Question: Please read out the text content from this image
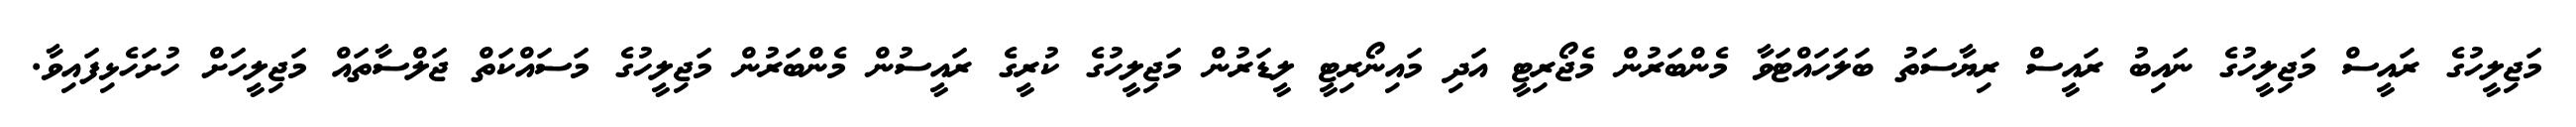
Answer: މަޖިލީހުގެ ރައީސް މަޖިލީހުގެ ނައިބު ރައީސް ރިޔާސަތު ބަލަހައްޓަވާ މެންބަރުން މެޖޯރިޓީ އަދި މައިނޯރިޓީ ލީޑަރުން މަޖިލީހުގެ ކުރީގެ ރައީސުން މެންބަރުން މަޖިލީހުގެ މަސައްކަތް ޖަލްސާތައް މަޖިލީހަށް ހުށަހެޅިފައިވާ.